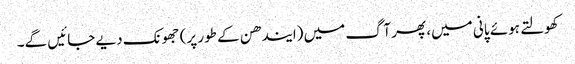
کھولتے ہوئے پانی میں، پھر آگ میں (ایندھن کے طور پر) جھونک دیے جائیں گے۔